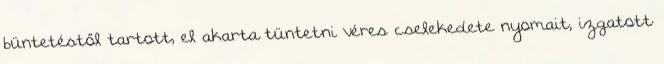
büntetéstől tartott, el akarta tüntetni véres cselekedete nyomait, izgatott